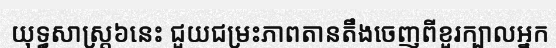
យុទ្ធសាស្ត្រ៦នេះ ជួយជម្រះភាពតានតឹងចេញពីខួរក្បាលអ្នក